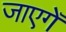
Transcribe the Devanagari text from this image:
जाएगेँ